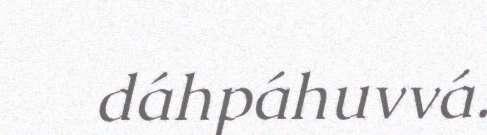
dáhpáhuvvá.